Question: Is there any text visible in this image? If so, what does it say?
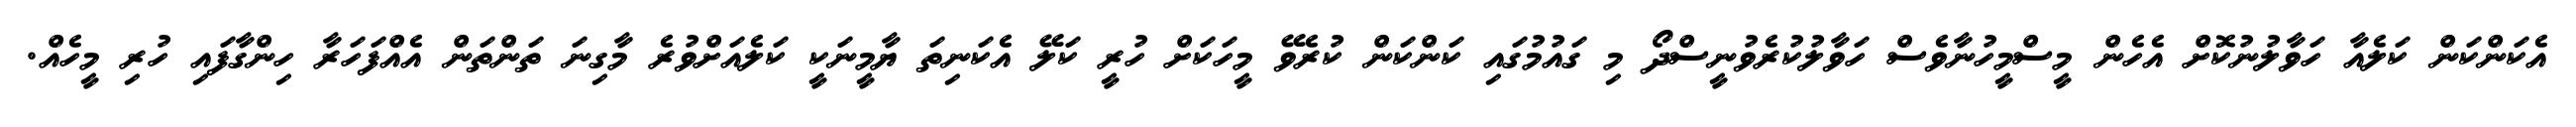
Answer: އެކަންކަން ކަލެއާ ހަވާލުނުކޮށް އެހެން މީސްމީހުނާވެސް ހަވާލުކުރެވުނީސްދޯ މި ގައުމުގައި ކަންކަން ކުރެވޭ މީހަކަށް ހުރީ ކަލޭ އެކަނިތަ ޔާމީނަކީ ކަލެއަށްވުރެ މާގިނަ ތަންތަން އެއްފަހަރާ ހިންގާފައި ހުރި މީހެއް.